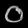
Digit: ၀